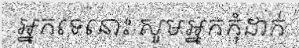
អ្នកទេនោះ សូមអ្នកកុំដាក់